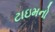
ટાઇમનો